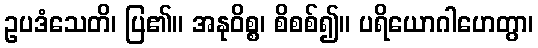
ဥပဒံသေတိ၊ ပြ၏။ အနုဝိစ္စ၊ စိစစ်၍။ ပရိယောဂါဟေတွာ၊